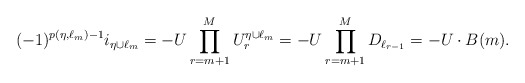
\begin{align*}(-1)^{p(\eta,\ell_m)-1} i_{\eta\cup \ell_m}=- U\prod_{r=m+1}^{M} U^{\eta\cup \ell_m}_{r} =- U\prod_{r=m+1}^{M} D_{\ell_{r-1}}= -U\cdot B(m).\end{align*}